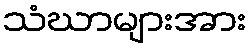
သံဃာများအား